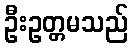
ဦးဥတ္တမသည်